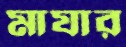
মাযার